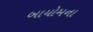
બાયોમના